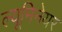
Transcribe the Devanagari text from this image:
ल्यूमिनेयर